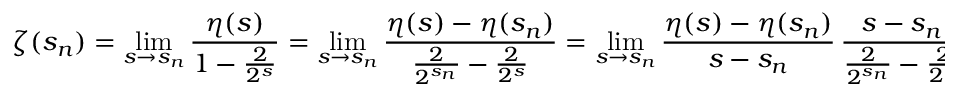
\zeta ( s _ { n } ) = \operatorname* { l i m } _ { s \to s _ { n } } { \frac { \eta ( s ) } { 1 - { \frac { 2 } { 2 ^ { s } } } } } = \operatorname* { l i m } _ { s \to s _ { n } } { \frac { \eta ( s ) - \eta ( s _ { n } ) } { { \frac { 2 } { 2 ^ { s _ { n } } } } - { \frac { 2 } { 2 ^ { s } } } } } = \operatorname* { l i m } _ { s \to s _ { n } } { \frac { \eta ( s ) - \eta ( s _ { n } ) } { s - s _ { n } } } \, { \frac { s - s _ { n } } { { \frac { 2 } { 2 ^ { s _ { n } } } } - { \frac { 2 } { 2 ^ { s } } } } } = { \frac { \eta ^ { \prime } ( s _ { n } ) } { \log ( 2 ) } } .